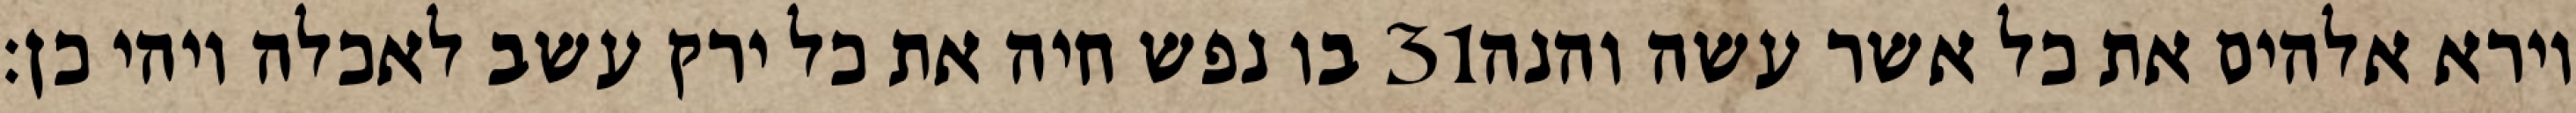
בו נפש חיה את כל ירק עשב לאכלה ויהי כן׃ ‎31‏ וירא אלהים את כל אשר עשה והנה